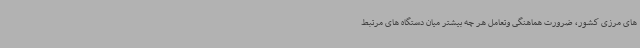
های مرزی کشور، ضرورت هماهنگی وتعامل هر چه بیشتر میان دستگاه های مرتبط